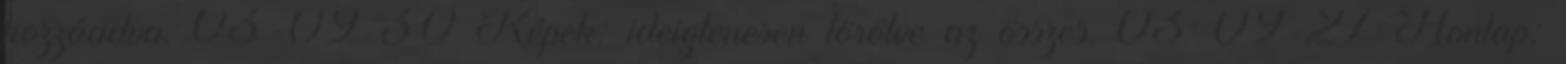
hozzáadva. 03-09-30 Képek: ideiglenesen törölve az összes. 03-09-27 Honlap: